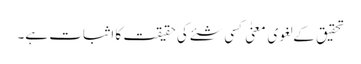
تحقیق کے لغوی معنیٰ کسی شئے کی حقیقت کا اثبات ہے۔